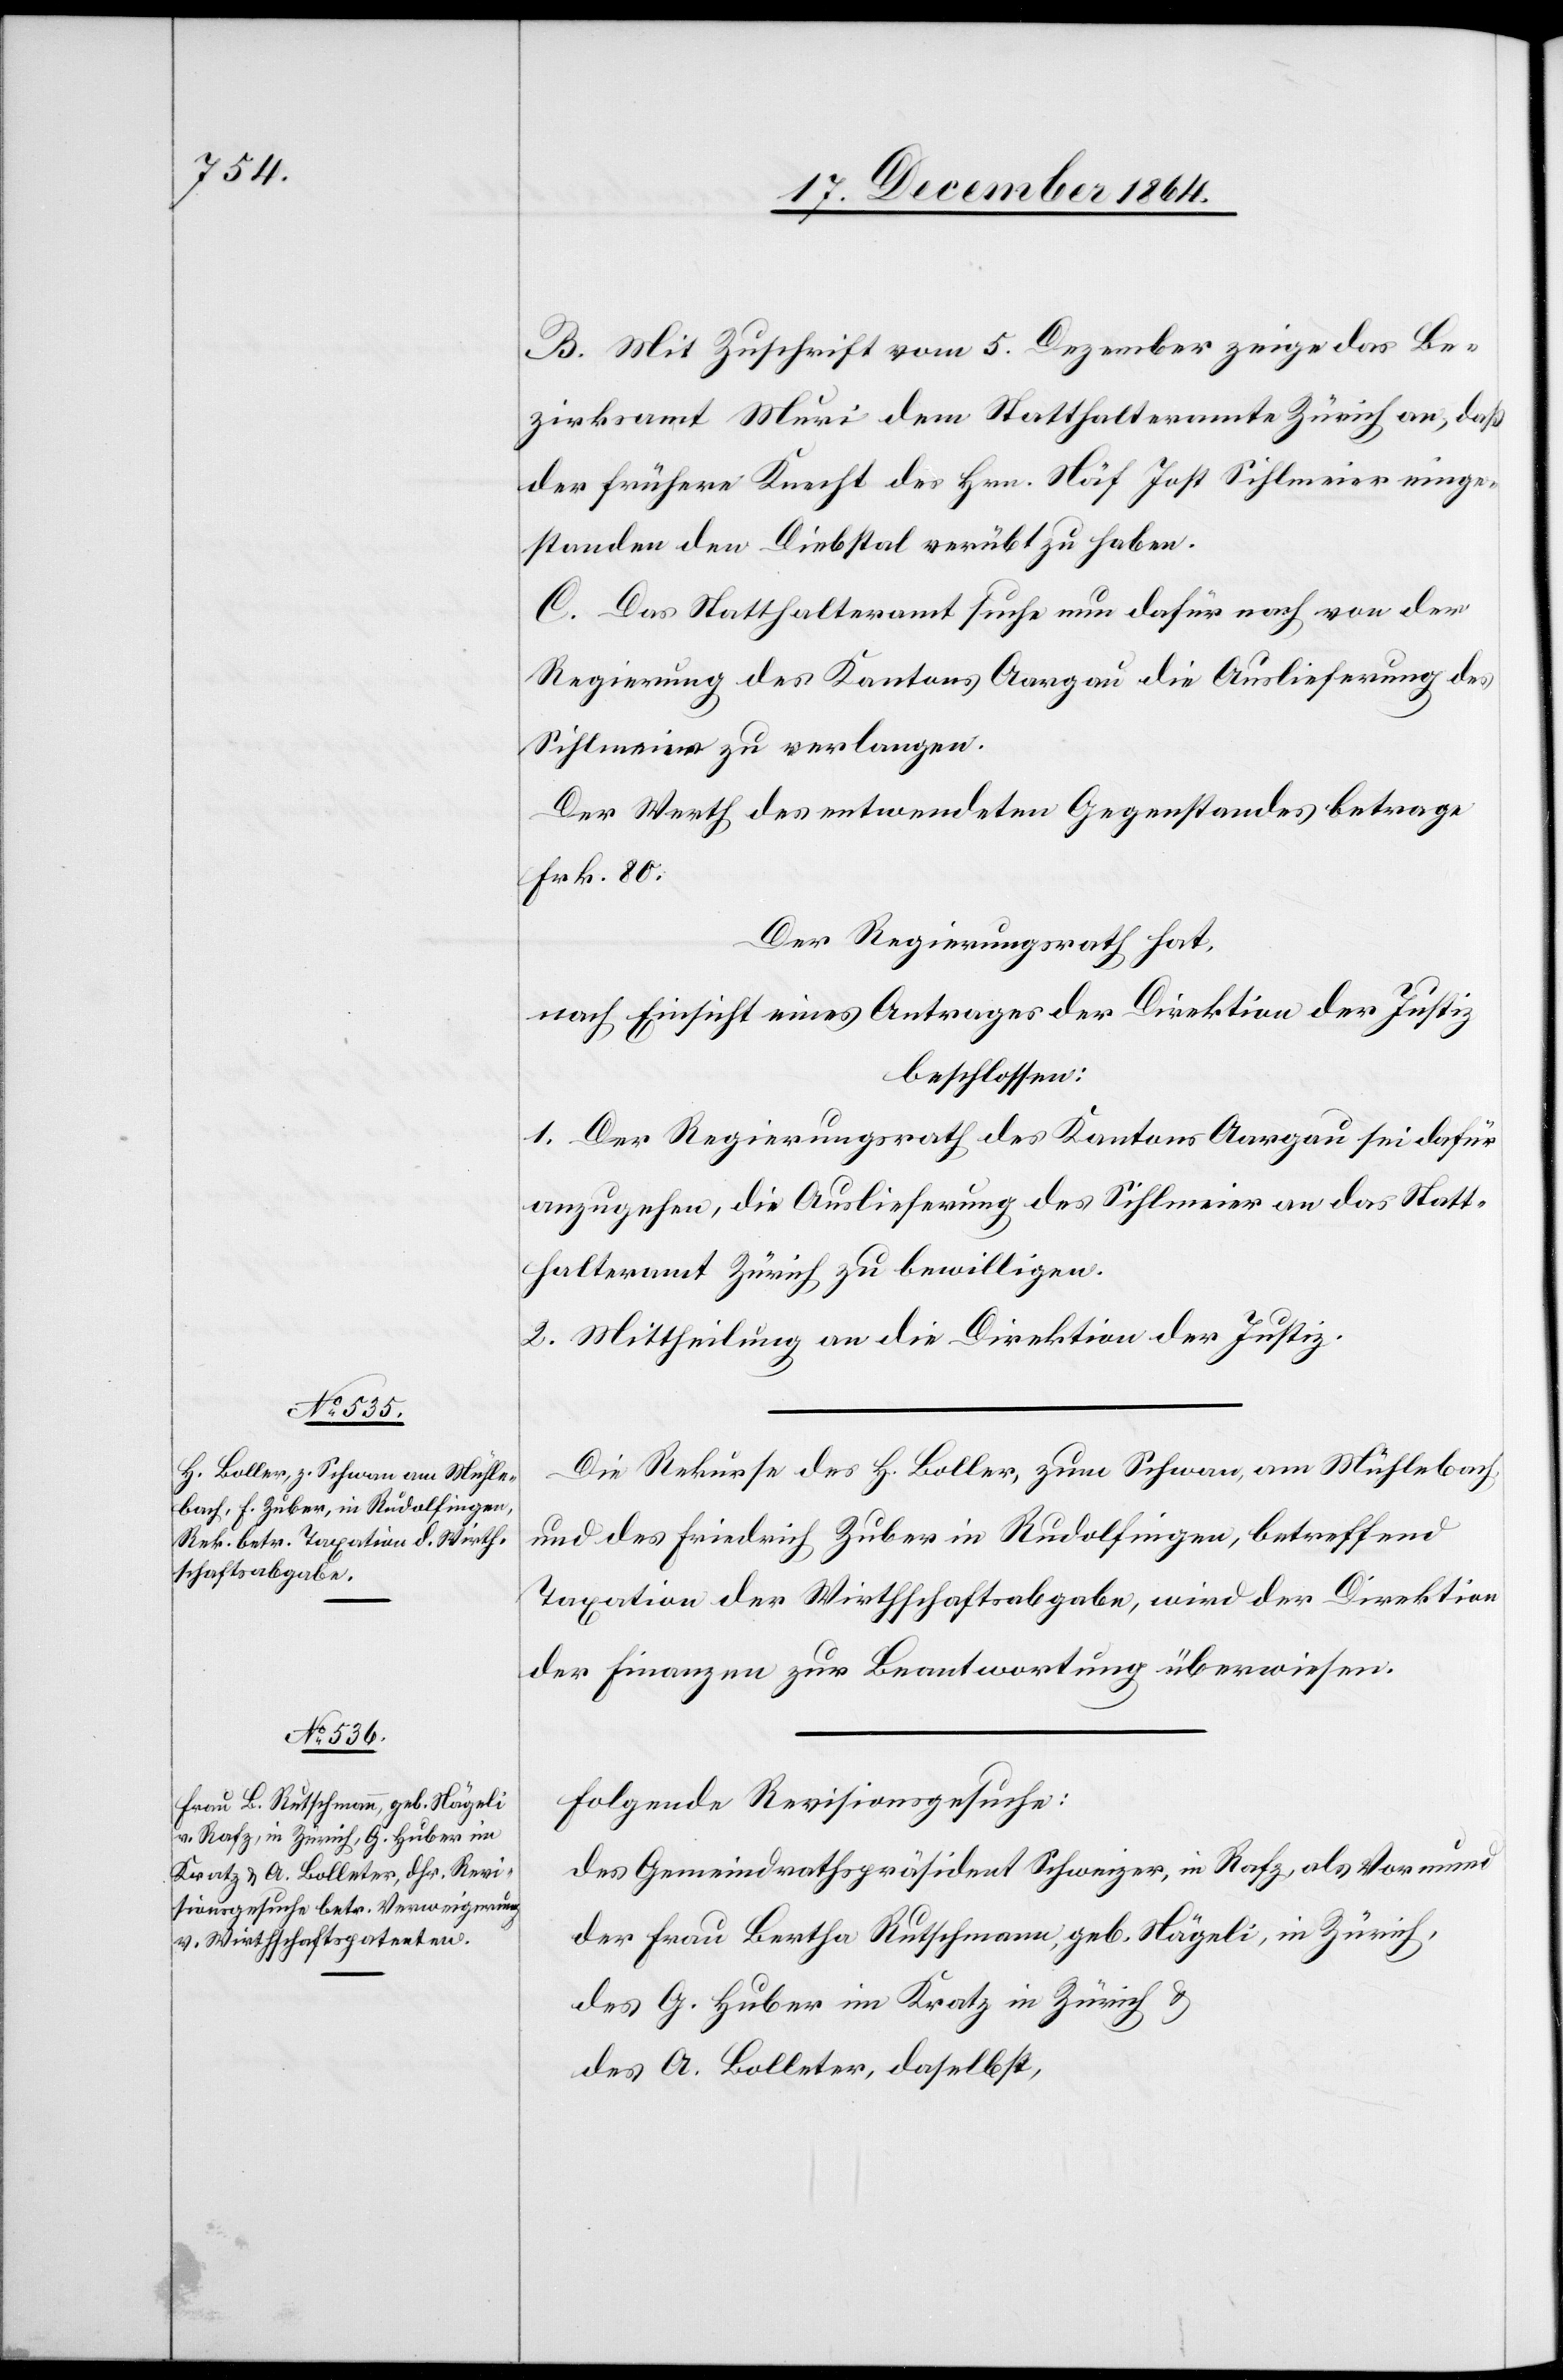
20. December 1864.]
B. Mit Zuschrift vom 5. Dezember zeige das Be¬
zirksamt Muri dem Statthalteramt Zürich an, daß
der frühere Knecht des Hrn. Näf Jost Sihlmeier einge¬
standen den Diebstal verübt zu haben.
C. Das Statthalteramt suche nun dafür nach von der
Regierung des Kantons Aargau die Auslieferung des
Sihlmeier zu verlangen.
Der Werth des entwendeten Gegenstandes betrage
Frk. 80.
Der Regierungsrath hat,
nach Einsicht eines Antrages der Direktion der Justiz,
beschlossen:
1. Der Regierungsrath des Kantons Aargau sei dafür
anzugehen, die Auslieferung des Sihlmeier an das Statt¬
halteramt Zürich zu bewilligen.
2. Mittheilung an die Direktion der Justiz.
Die Rekurse des H. Koller, zum Schwan, am Mühlebach
und des Friedrich Zuber in Rudolfingen, betreffend
Taxation der Wirthschaftsabgabe, wird der Direktion
der Finanzen zur Beantwortung überwiesen.
Folgende Revisionsgesuche:
des Gemeindrathspräsident Schweizer, in Rafz als Vormund
der Frau Bertha Rutschmann, geb. Nägeli, in Zürich,
des G. Huber, im Kratz in Zürich &
des A. Bolleter, daselbst,